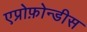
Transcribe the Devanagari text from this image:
एप्रोफ़ोन्डीस